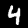
Label: 4